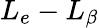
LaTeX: L_{e}-L_{\beta}